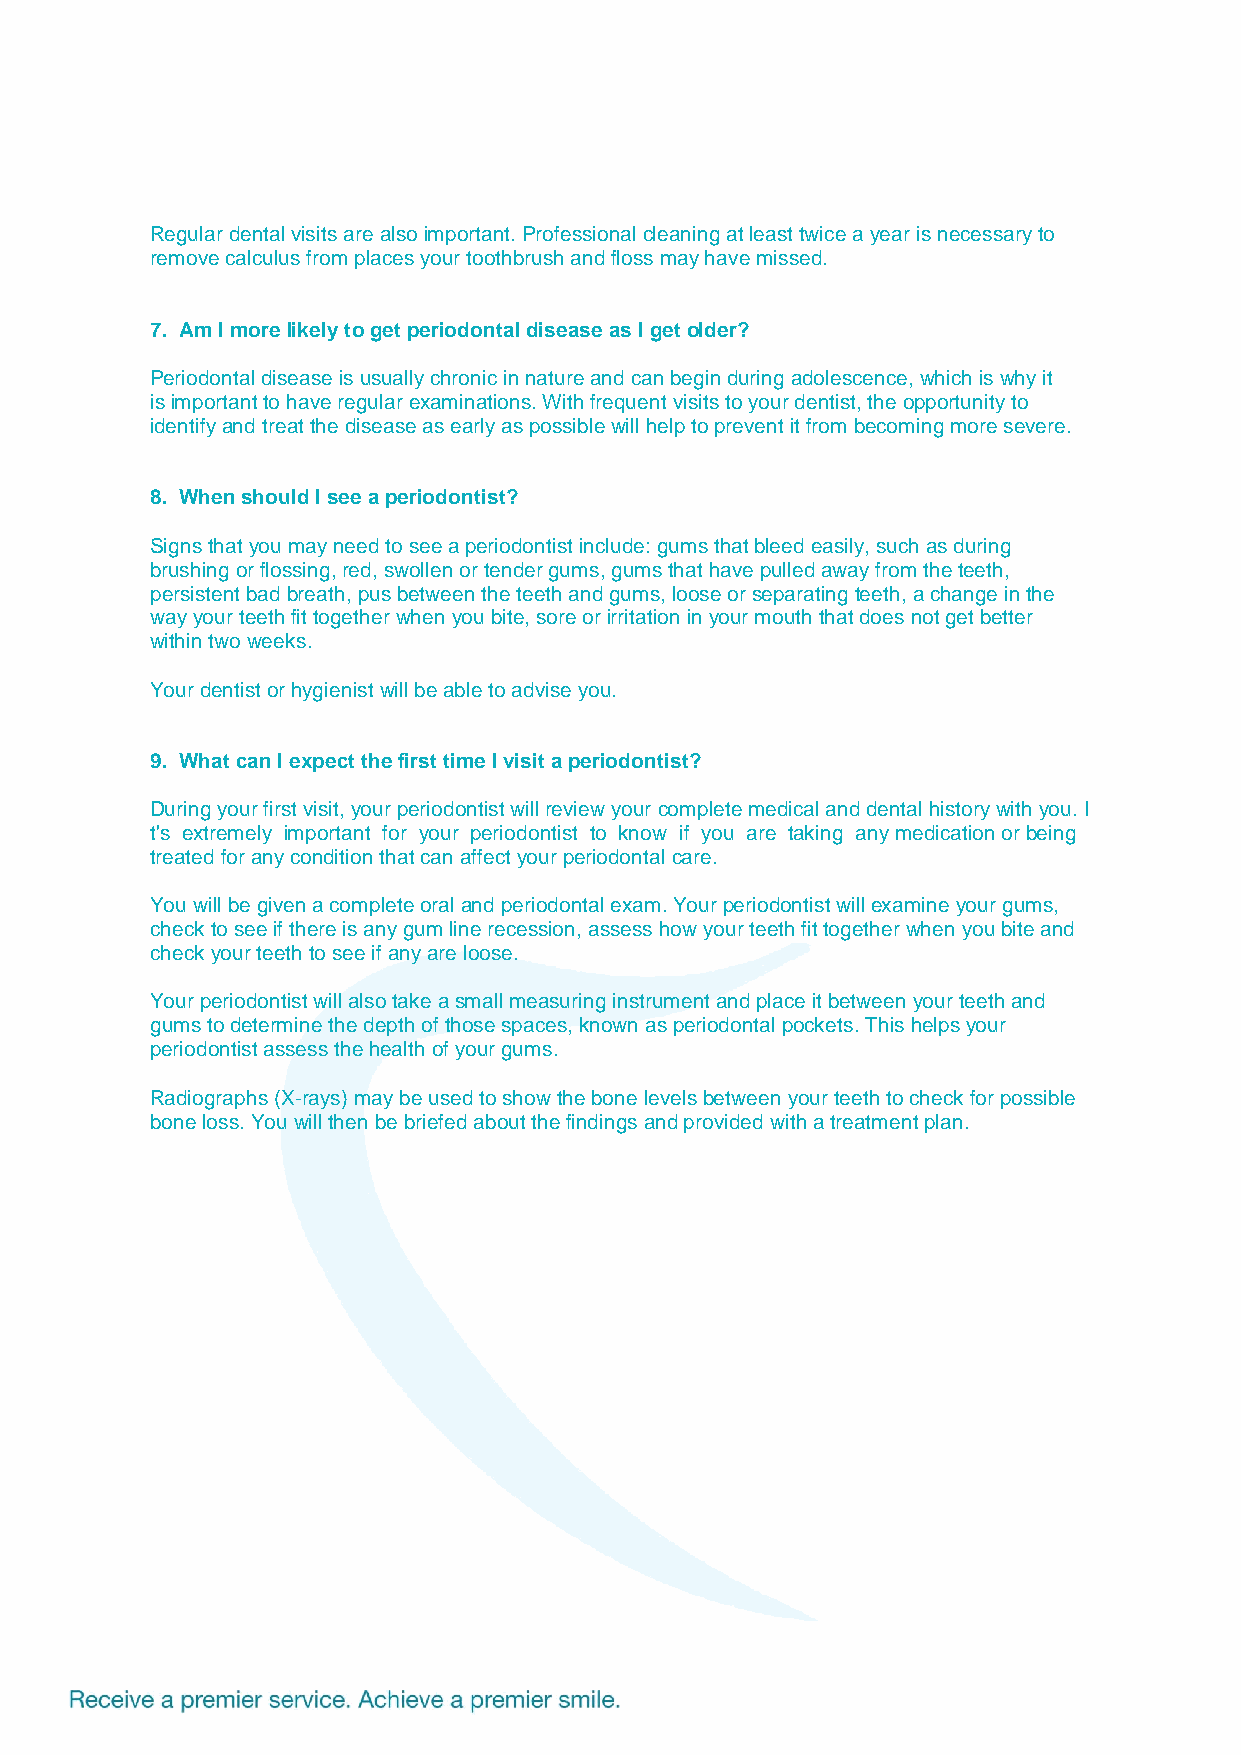
Regular dental visits are also important. Professional cleaning at least twice a year is necessary to
 remove calculus from places your toothbrush and floss may have missed.
 7. Am I more likely to get periodontal disease as I get older?
 Periodontal disease is usually chronic in nature and can begin during adolescence, which is why it
 is important to have regular examinations. With frequent visits to your dentist, the opportunity to
 identify and treat the disease as early as possible will help to prevent it from becoming more severe.
 8. When should I see a periodontist?
 Signs that you may need to see a periodontist include: gums that bleed easily, such as during
 brushing or flossing, red, swollen or tender gums, gums that have pulled away from the teeth,
 persistent bad breath, pus between the teeth and gums, loose or separating teeth, a change in the
 way your teeth fit together when you bite, sore or irritation in your mouth that does not get better
 within two weeks.
 Your dentist or hygienist will be able to advise you.
 9. What can I expect the first time I visit a periodontist?
 During your first visit, your periodontist will review your complete medical and dental history with you. I
 t's extremely important for your periodontist to know if you are taking any medication or being
 treated for any condition that can affect your periodontal care.
 You will be given a complete oral and periodontal exam. Your periodontist will examine your gums,
 check to see if there is any gum line recession, assess how your teeth fit together when you bite and
 check your teeth to see if any are loose.
 Your periodontist will also take a small measuring instrument and place it between your teeth and
 gums to determine the depth of those spaces, known as periodontal pockets. This helps your
 periodontist assess the health of your gums.
 Radiographs (X‐rays) may be used to show the bone levels between your teeth to check for possible
 bone loss. You will then be briefed about the findings and provided with a treatment plan.